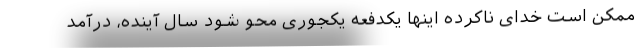
ممکن است خدای ناکرده اینها یکدفعه یکجوری محو شود سال آینده، درآمد